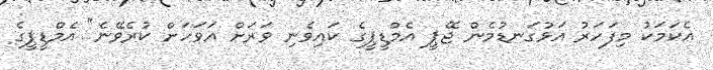
އެކަމަކު މިފަހަރު އަޅުގަނޑުމެން ޖޭޕީ އެމްޑީޕީގެ ކައިވެނި ވަރަށް އަވަހަށް ކުރެވޭނެ" އެމްޑީޕީގެ